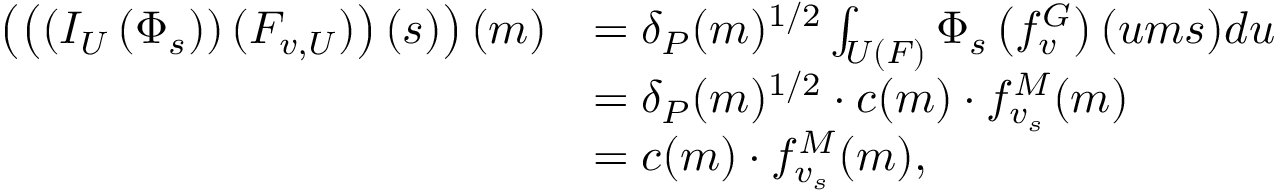
\begin{array} { r l } { \left( \left( \left( I _ { U } \left( \Phi _ { s } \right) \right) ( F _ { v , U } ) \right) ( s ) \right) ( m ) } & { = \delta _ { P } ( m ) ^ { 1 / 2 } \int _ { U ( F ) } \Phi _ { s } \left( f _ { v } ^ { G } \right) ( u m s ) d u } \\ & { = \delta _ { P } ( m ) ^ { 1 / 2 } \cdot c ( m ) \cdot f _ { v _ { s } } ^ { M } ( m ) } \\ & { = c ( m ) \cdot f _ { v _ { s } } ^ { M } ( m ) , } \end{array}